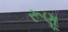
રૂણૂ